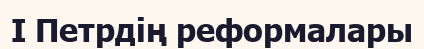
I Петрдiң реформалары